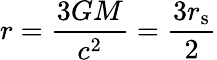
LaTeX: r={\frac{3GM}{c^{2}}}={\frac{3r_{\mathrm{{s}}}}{2}}